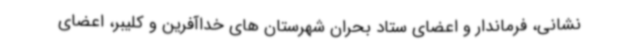
نشانی، فرماندار و اعضای ستاد بحران شهرستان های خداآفرین و کلیبر، اعضای